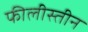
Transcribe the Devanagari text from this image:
फीलीस्तीन